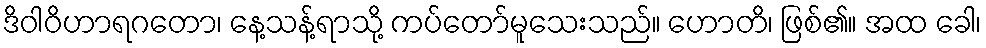
ဒိဝါဝိဟာရဂတော၊ နေ့သန့်ရာသို့ ကပ်တော်မူသေးသည်။ ဟောတိ၊ ဖြစ်၏။ အထ ခေါ၊